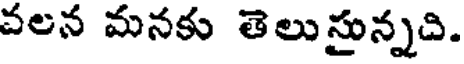
వలన మనకు తెలుస్తున్నది.